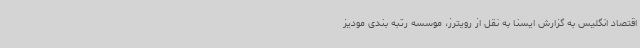
اقتصاد انگلیس به گزارش ایسنا به نقل از رویترز، موسسه رتبه بندی مودیز